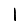
Digit: 1